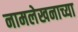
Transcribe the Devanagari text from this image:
नामलेखनाच्या